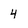
Character: 4